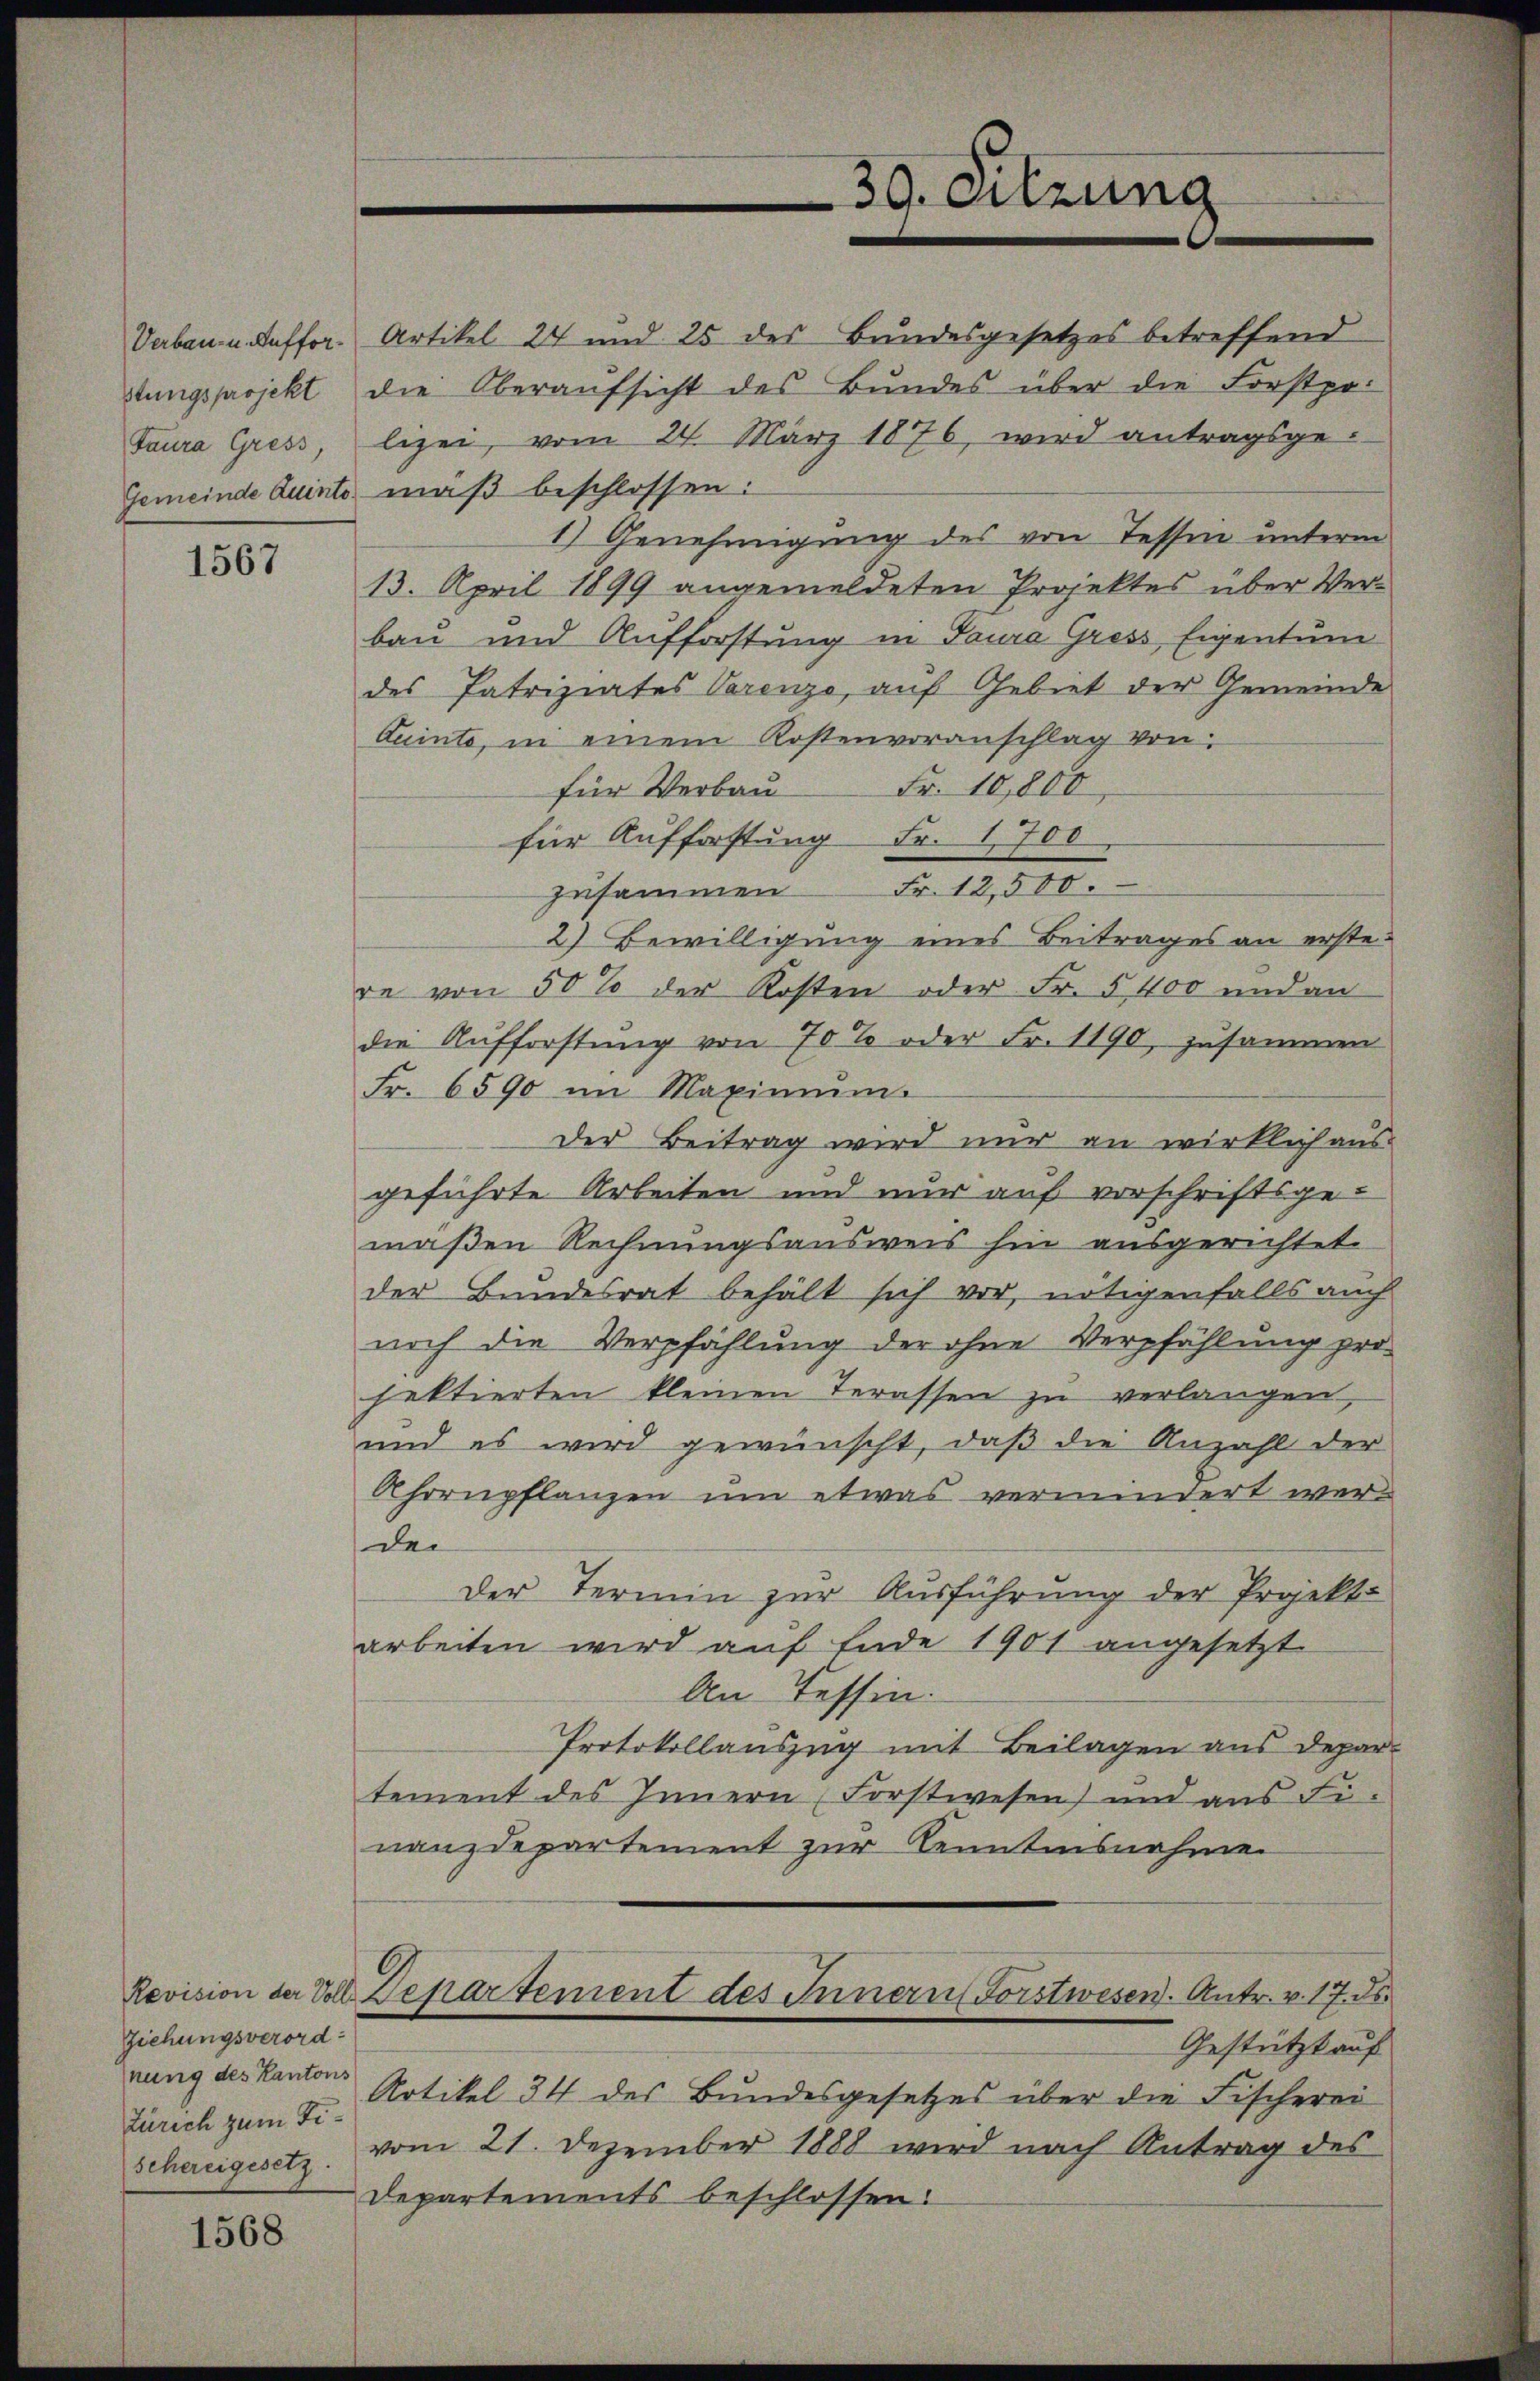
stungsprojekt
Taura Gress,
Gemeinde Quinto.

1567

Ziehungsverordnung des Kantons
Zürich zum Fischereigesetz

1568

Verbau u. Auffor. Artikel 24 und 25 des Bundesgesetzes betreffend
lizei, vom 24. März 1876, wird antragsge-
mäß beschlossen:
1) Genehmigung des von Tessin unterm
13. April 1899 angemeldeten Projektes über Verbau und Aufforstung in Taura Gross Eigentum
des Patriziates Vorenzo, auf Gebiet der Gemeinde
Quinte, in einem Kostenvoranschlag von
für Verbau Fr. 10,800
für Aufforstung Fr. 1700.
zusammen Fr. 12,500.
2) Bewilligung eines Beitrages an erstere von 50% der Kosten oder Fr. 5400 und an
die Aufforstung von 70% oder Fr. 1190, zusammen
Fr. 6590 im Maximŭm.
Der Beitrag wird nur an wirklich aus
geführte Arbeiten und nur auf vorschriftsgemaßen Rechnungsausweis hin ausgerichtet
der Bundesrat behält sich vor, nötigenfalls auch
noch die Verpfählung der ohne Verpfählung pro
jektierten kleinen Terassen zu verlangen,
und es wird gewünscht, daß die Anzahl der
Ahrrupflanzen um etwas vermindert werder
Der Termin zur Ausführung der Projekt
arbeiten wird auf Ende 1901 angesetzt
An Tessin.
Protokollauszug mit Beilagen aus Depar-
tement des Innern Forstwesen) und ans Fi-
nanzdepartement zur Kenntnisnahme
Revision der Voll. Departement des Innern Forstwesen. Antr. v. 17. ds.
Gestützt auf
Artikel 34 des Bundesgesetzes über die Fischerei
vom 21. Dezember 1888 wird nach Antrag des
Departements beschlossen:

30. Sitzung

die Oberaŭfsicht des Bundes über die Forstpr.